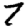
Digit: 7